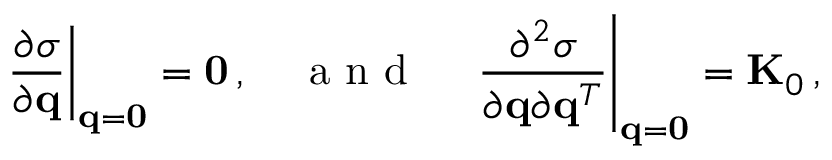
\left. \frac { \partial \sigma } { \partial { \bf q } } \right| _ { { \bf q } = { \bf 0 } } = { \bf 0 } \, , \quad \mathrm { ~ a ~ n ~ d ~ } \quad \left. \frac { \partial ^ { 2 } \sigma } { \partial { \bf q } \partial { \bf q } ^ { T } } \right| _ { { \bf q } = { \bf 0 } } = { \bf K } _ { 0 } \, ,